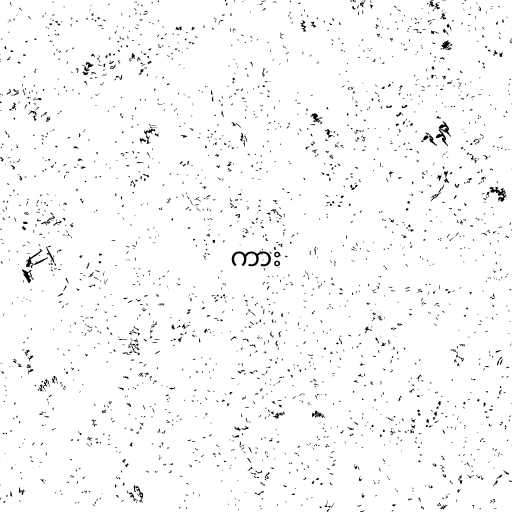
ကား